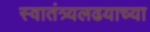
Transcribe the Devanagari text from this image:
स्वातंत्र्यलढयाच्या